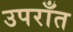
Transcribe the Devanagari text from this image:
उपराँत